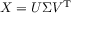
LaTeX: X = U \Sigma V ^ { \mathrm { { T } } }